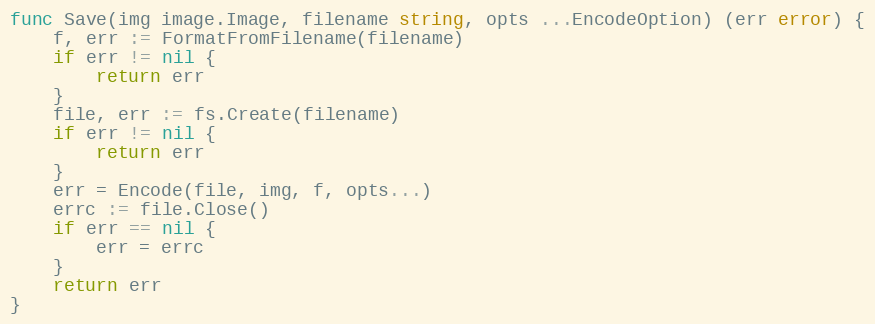
Language: Go
func Save(img image.Image, filename string, opts ...EncodeOption) (err error) {
	f, err := FormatFromFilename(filename)
	if err != nil {
		return err
	}
	file, err := fs.Create(filename)
	if err != nil {
		return err
	}
	err = Encode(file, img, f, opts...)
	errc := file.Close()
	if err == nil {
		err = errc
	}
	return err
}